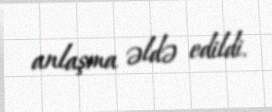
anlaşma əldə edildi.